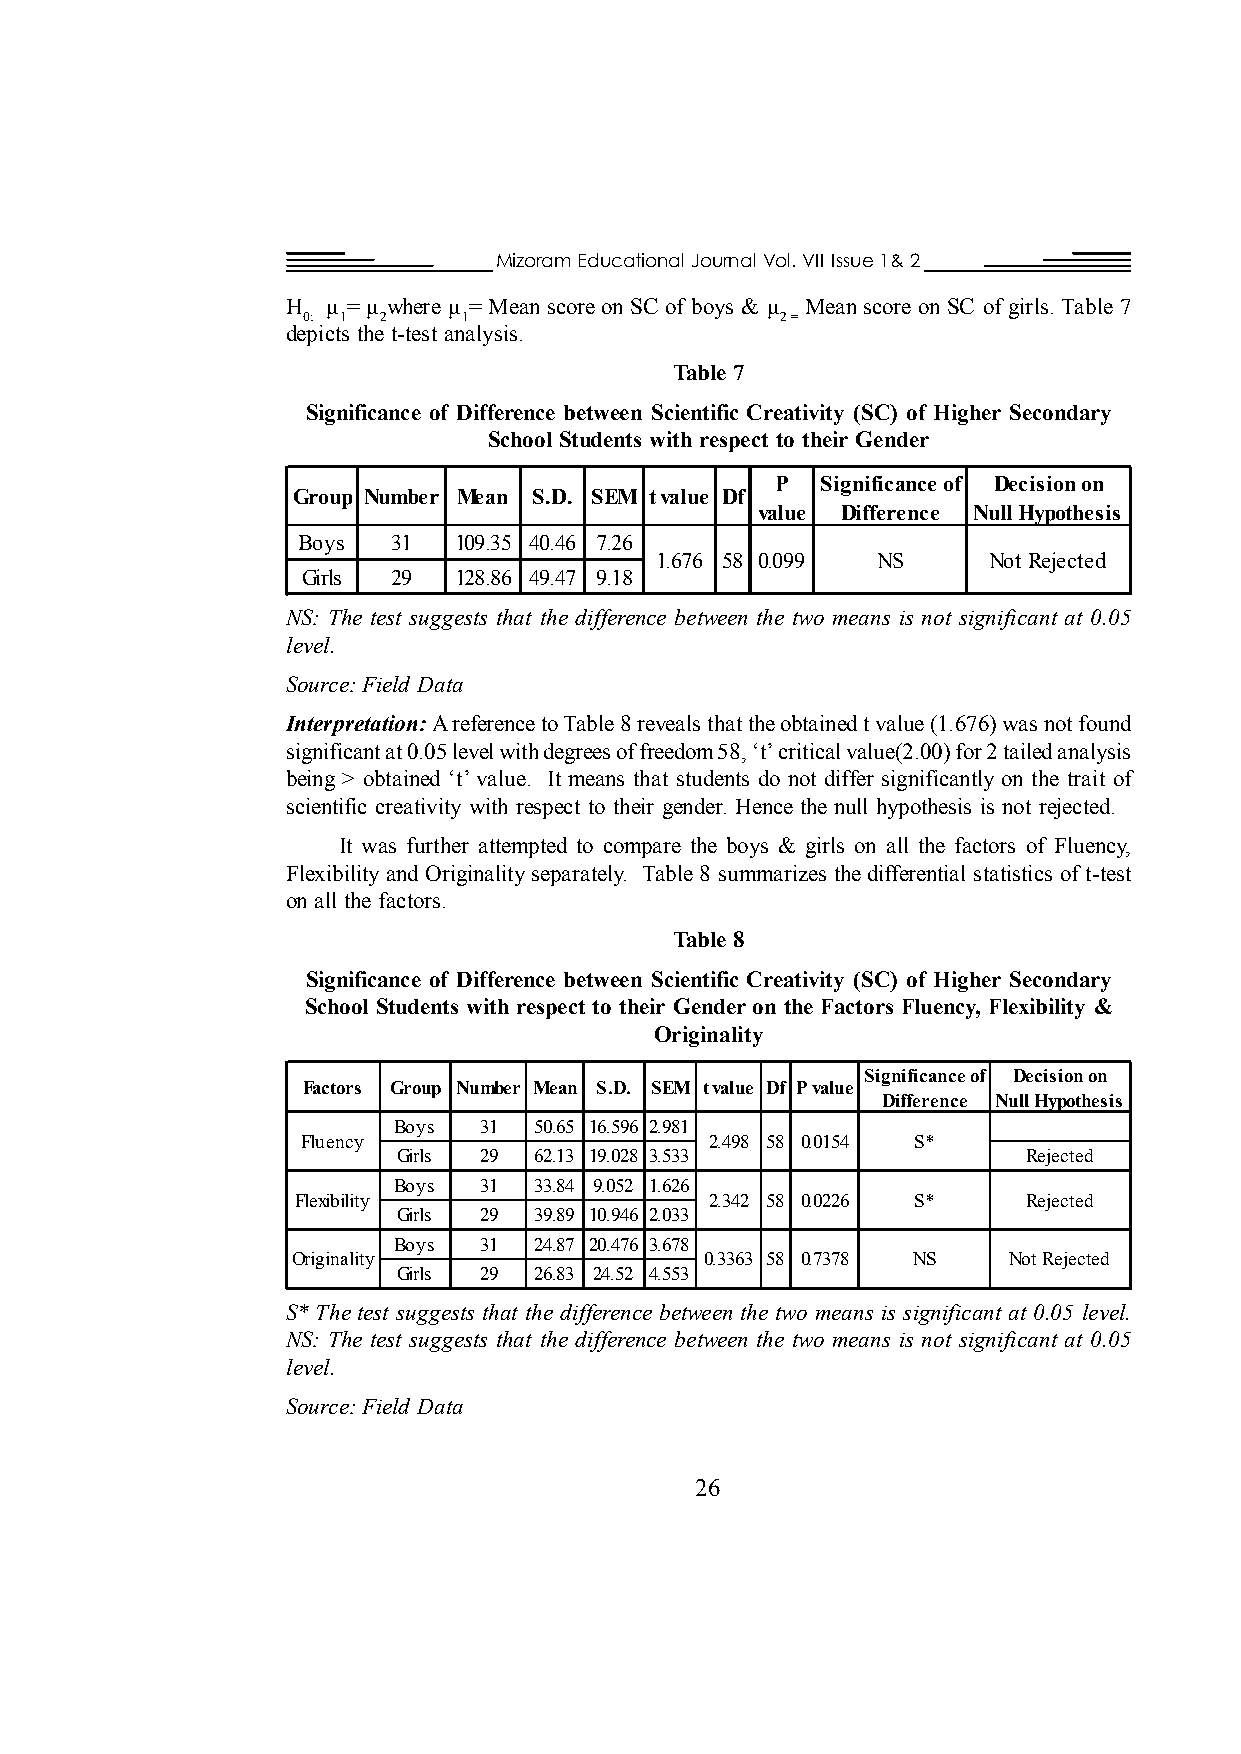
Mizoram Educational Journal Vol. VII Issue 1& 2
 H  µ = µ where µ = Mean score on SC of boys & µ Mean score on SC of girls. Table 7
 0: 1 2     1                    2 =
 depicts the t-test analysis.
 Table 7
 Significance of Difference between Scientific Creativity (SC) of Higher Secondary
 School Students with respect to their Gender
 P  Significance of Decision on
 Group Number Mean S.D. SEM t value Df
 value Difference Null Hypothesis
 Boys  31  109.35 40.46 7.26
 1.676 58 0.099 NS     Not Rejected
 Girls 29  128.86 49.47 9.18
 NS: The test suggests that the difference between the two means is not significant at 0.05
 level.
 Source: Field Data
 Interpretation: A reference to Table 8 reveals that the obtained t value (1.676) was not found
 significant at 0.05 level with degrees of freedom 58, ‘t’ critical value(2.00) for 2 tailed analysis
 being > obtained ‘t’ value. It means that students do not differ significantly on the trait of
 scientific creativity with respect to their gender. Hence the null hypothesis is not rejected.
 It was further attempted to compare the boys & girls on all the factors of Fluency,
 Flexibility and Originality separately. Table 8 summarizes the differential statistics of t-test
 on all the factors.
 Table 8
 Significance of Difference between Scientific Creativity (SC) of Higher Secondary
 School Students with respect to their Gender on the Factors Fluency, Flexibility &
 Originality
 Significance of Decision on
 Factors Group Number Mean S.D. SEM t value Df P value
 Difference Null Hypothesis
 Boys  31 50.65 16.596 2.981
 Fluency                    2.498 58 0.0154 S*
 Girls 29 62.13 19.028 3.533               Rejected
 Boys  31 33.84 9.052 1.626
 Flexibility                2.342 58 0.0226 S*   Rejected
 Girls 29 39.89 10.946 2.033
 Boys  31 24.87 20.476 3.678
 Originality                 0.3363 58 0.7378 NS Not Rejected
 Girls 29 26.83 24.52 4.553
 S* The test suggests that the difference between the two means is significant at 0.05 level.
 NS: The test suggests that the difference between the two means is not significant at 0.05
 level.
 Source: Field Data
 26